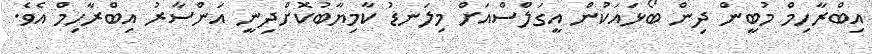
އިބްރާހިމް މުބީން ދިން ބޯޅައަކުން އީގަލްސްއަށް މިލަނޑު ކާމިޔާބުކޮށްދިނީ އަންސާރު އިބްރާހިމް އެވެ.